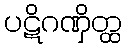
ပဋိဂဏှိတ္ထ